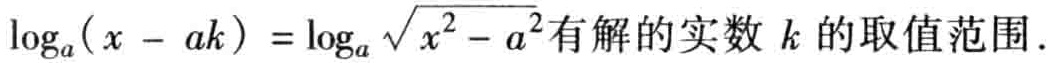
\(\log_{a}(x - ak)=\log_{a}\sqrt{x^{2}-a^{2}}\)有解的实数\(k\)的取值范围.